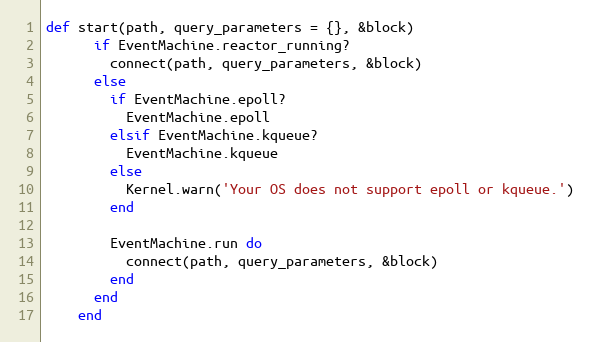
Language: Ruby
def start(path, query_parameters = {}, &block)
      if EventMachine.reactor_running?
        connect(path, query_parameters, &block)
      else
        if EventMachine.epoll?
          EventMachine.epoll
        elsif EventMachine.kqueue?
          EventMachine.kqueue
        else
          Kernel.warn('Your OS does not support epoll or kqueue.')
        end

        EventMachine.run do
          connect(path, query_parameters, &block)
        end
      end
    end